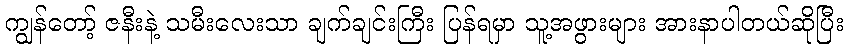
ကျွန်တော့် ဇနီးနဲ့ သမီးလေးသာ ချက်ချင်းကြီး ပြန်ရမှာ သူ့အဖွားများ အားနာပါတယ်ဆိုပြီး